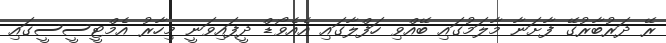
ރޭ ދަރުބާރުގޭ ފާށަނާ މާލަމުގައި ބޭއްވި ހަފްލާގައި އެއެވޯޑް ދީފައިވަނީ މިހާރު އެމްޓީސީސީގައި